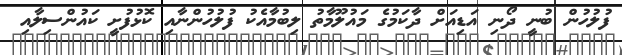
ފުލުހުން ބުނީ ދޯނި އަޑިއަށް ދާކަމުގެ މައުލޫމާތު ލިބުމާއެކު ފުލުހުންނާއި ކޮޅުފުށީ ކައުންސިލާއި